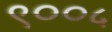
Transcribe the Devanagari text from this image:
९००५